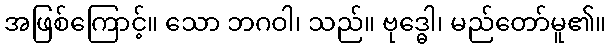
အဖြစ်ကြောင့်။ သော ဘဂဝါ၊ သည်။ ဗုဒ္ဓေါ၊ မည်တော်မူ၏။